Lunatic asylums in Bengal annual reports 1899-1911 - 1899-1911
Year: 1899
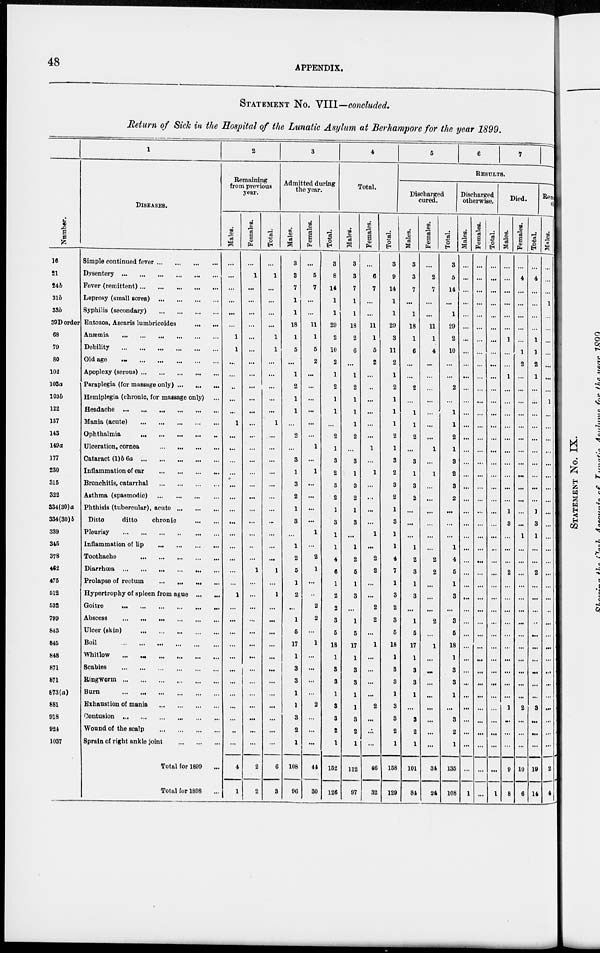
48
APPENDIX.
STATEMENT No. VIII—concluded.
Return of Sick in the Hospital of the Lunatic Asylum at Berhampore for the year 1899.
Number.
16
21
24 b
31b
33b
39D order
68
79
80
102
103a
103b
122
137
143
149a
177
230
315
322
334(30)a
334(30)b
339
345
378
462
475
512
532
799
843
845
848
871
871
873(a)
881
918
924
1037
1
DISEASES.
Simple continued fever ... ... ... ...
Dysentery ... ... ... ... ... ...
Fever (remittent) ... ... ... ...
Leprosy (small sores) ... ... ... ...
Syphilis (secondary) ... ... ... ...
Entozoa, Ascaris lumbricoides ... ... ... ...
Anæmia ... ... ... ... ... ...
Debility ... ... ... ... ... ...
Old age ... ... ... ... ... ...
Apoplexy (serous) ... ... ... ... ... ...
Paraplegia (for massage only) ... ... ... ...
Hemiplegia (chronic, for massage only) ... ...
Headache ... ... ... ... ... ...
Mania (acute) ... ... ... ...
Ophthalmia ... ... ... ...
Ulceration, cornea ... ... ... ...
Cataract (1)b 6a ... ... ... ... ...
Inflammation of ear ... ... ... ...
Bronchitis, catarrhal ... ... ... ...
Asthma (spasmodic) ... ... ... ...
Phthisis (tubercular), acute ... ... ... ...
Ditto
ditto
chronic ... ... ... ...
Pleurisy ... ... ... ... ... ...
Inflammation of lip ... ... ... ...
Toothache ... ... ... ...
Diarrhœa ... ... ... ... ... ...
Prolapse of rectum ... ... ... ...
Hypertrophy of spleen from ague ... ... ...
Goitre ... ... ... ... ... ...
Abscess ... ... ... ... ... ...
Ulcer (skin)
...
...
...
...
...
...
Boil ... ... ... ... ... ...
Whitlow ... ... ... ... ... ...
Scabies ... ... ... ...
Ringworm ... ... ... ... ... ...
Burn ... ... ... ... ... ...
Exhaustion of mania ... ... ... ... ...
Contusion ... ... ... ...
Wound of the scalp ... ... ... ...
Sprain of right ankle joint ... ... ... ...
Total for 1899
Total for 1898
2
Remaining
from previous
year.
Males.
...
...
...
...
...
...
1
1
...
...
..
...
...
1
...
...
...
...
...
...
...
...
...
...
...
...
...
1
...
...
...
...
...
...
...
...
...
...
..
...
4
1
Females.
...
1
...
...
...
...
...
...
...
...
...
...
...
...
...
...
...
...
...
...
...
...
...
...
...
1
...
...
...
...
...
...
...
...
...
...
...
...
...
...
2
2
Total.
...
1
...
...
...
...
1
1
...
...
...
...
...
1
...
...
...
...
...
...
...
...
...
...
...
1
...
1
...
...
...
...
...
...
...
...
...
...
...
...
6
3
3
Admitted during
the year.
Males.
3
3
7
1
1
18
1
5
...
1
2
1
1
...
2
...
3
1
3
2
1
3
...
1
2
5
1
2
...
1
5
17
1
3
3
1
1
3
2
1
108
96
Females.
...
5
7
...
...
11
1
5
2
...
...
...
...
...
...
1
...
1
...
...
...
...
1
...
2
1
...
...
2
2
...
1
...
...
...
...
2
...
...
...
44
30
Total.
3
8
14
1
1
29
2
10
2
1
2
1
1
...
2
1
3
2
3
2
1
3
1
1
4
6
1
2
2
3
5
18
1
3
3
1
3
3
2
1
152
126
4
Total.
Males.
3
3
7
1
1
18
2
6
...
1
2
1
1
1
2
...
3
1
3
2
1
3
...
1
2
5
1
3
...
1
5
17
1
3
3
1
1
3
2
1
112
97
Females.
...
6
7
...
...
11
1
5
2
...
...
...
...
...
...
1
...
1
...
...
...
...
1
...
2
2
...
...
2
2
...
1
...
...
...
...
2
...
...
...
46
32
Total.
3
9
14
1
1
29
3
11
2
1
2
1
1
1
2
1
3
2
3
2
1
3
1
1
4
7
1
3
2
3
5
18
1
3
3
1
3
3
2
1
158
129
5
6
7
8
RESULTS.
Discharged
cured.
Males.
3
3
7
...
1
18
1
6
...
...
2
...
1
1
2
...
3
1
3
2
...
...
...
1
2
3
1
3
...
1
5
17
1
3
3
1
...
3
2
1
101
84
Females.
...
2
7
...
...
11
1
4
...
...
...
...
...
...
...
1
...
1
...
...
...
...
...
...
2
2
...
...
...
2
...
1
...
...
...
...
...
...
...
...
34
24
Total.
3
5
14
...
1
29
2
10
...
...
2
...
1
1
2
1
3
2
3
2
...
...
...
1
4
5
1
3
...
3
5
18
1
3
3
1
...
3
2
1
135
108
Discharged
otherwise.
Males.
...
...
...
...
...
...
...
...
...
...
...
...
...
...
...
...
...
...
...
...
...
...
...
...
...
...
...
...
...
...
...
...
...
...
...
...
...
...
...
...
...
1
Females.
...
...
...
...
...
...
...
...
...
...
...
...
...
...
...
...
...
...
...
...
...
...
...
...
...
...
...
...
...
...
...
...
...
...
...
...
...
...
...
...
...
...
Total.
...
...
...
...
...
...
...
...
...
...
...
...
...
...
...
...
...
...
...
...
...
...
...
...
...
...
...
...
...
...
...
...
...
...
...
...
...
...
...
...
...
1
Died.
Males.
...
...
...
...
...
...
1
...
...
1
...
...
...
...
...
...
...
...
...
...
1
3
...
...
...
2
...
...
...
...
...
...
...
...
...
...
1
...
...
...
9
8
Females.
...
4
...
...
...
...
...
1
2
...
...
...
...
...
...
...
...
...
...
...
...
...
1
...
...
...
...
...
...
...
...
...
...
...
...
...
2
...
...
...
10
6
Total.
...
4
...
...
...
...
1
1
2
1
...
...
...
...
...
...
...
...
...
...
1
3
1
...
...
2
...
...
...
...
...
...
...
...
...
...
3
...
...
...
19
14
Remaining
Sick.
Males.
...
...
...
1
...
...
...
...
...
...
...
1
...
...
...
...
...
...
...
...
...
...
...
...
...
...
...
...
...
...
...
...
...
...
...
...
...
...
...
2
4